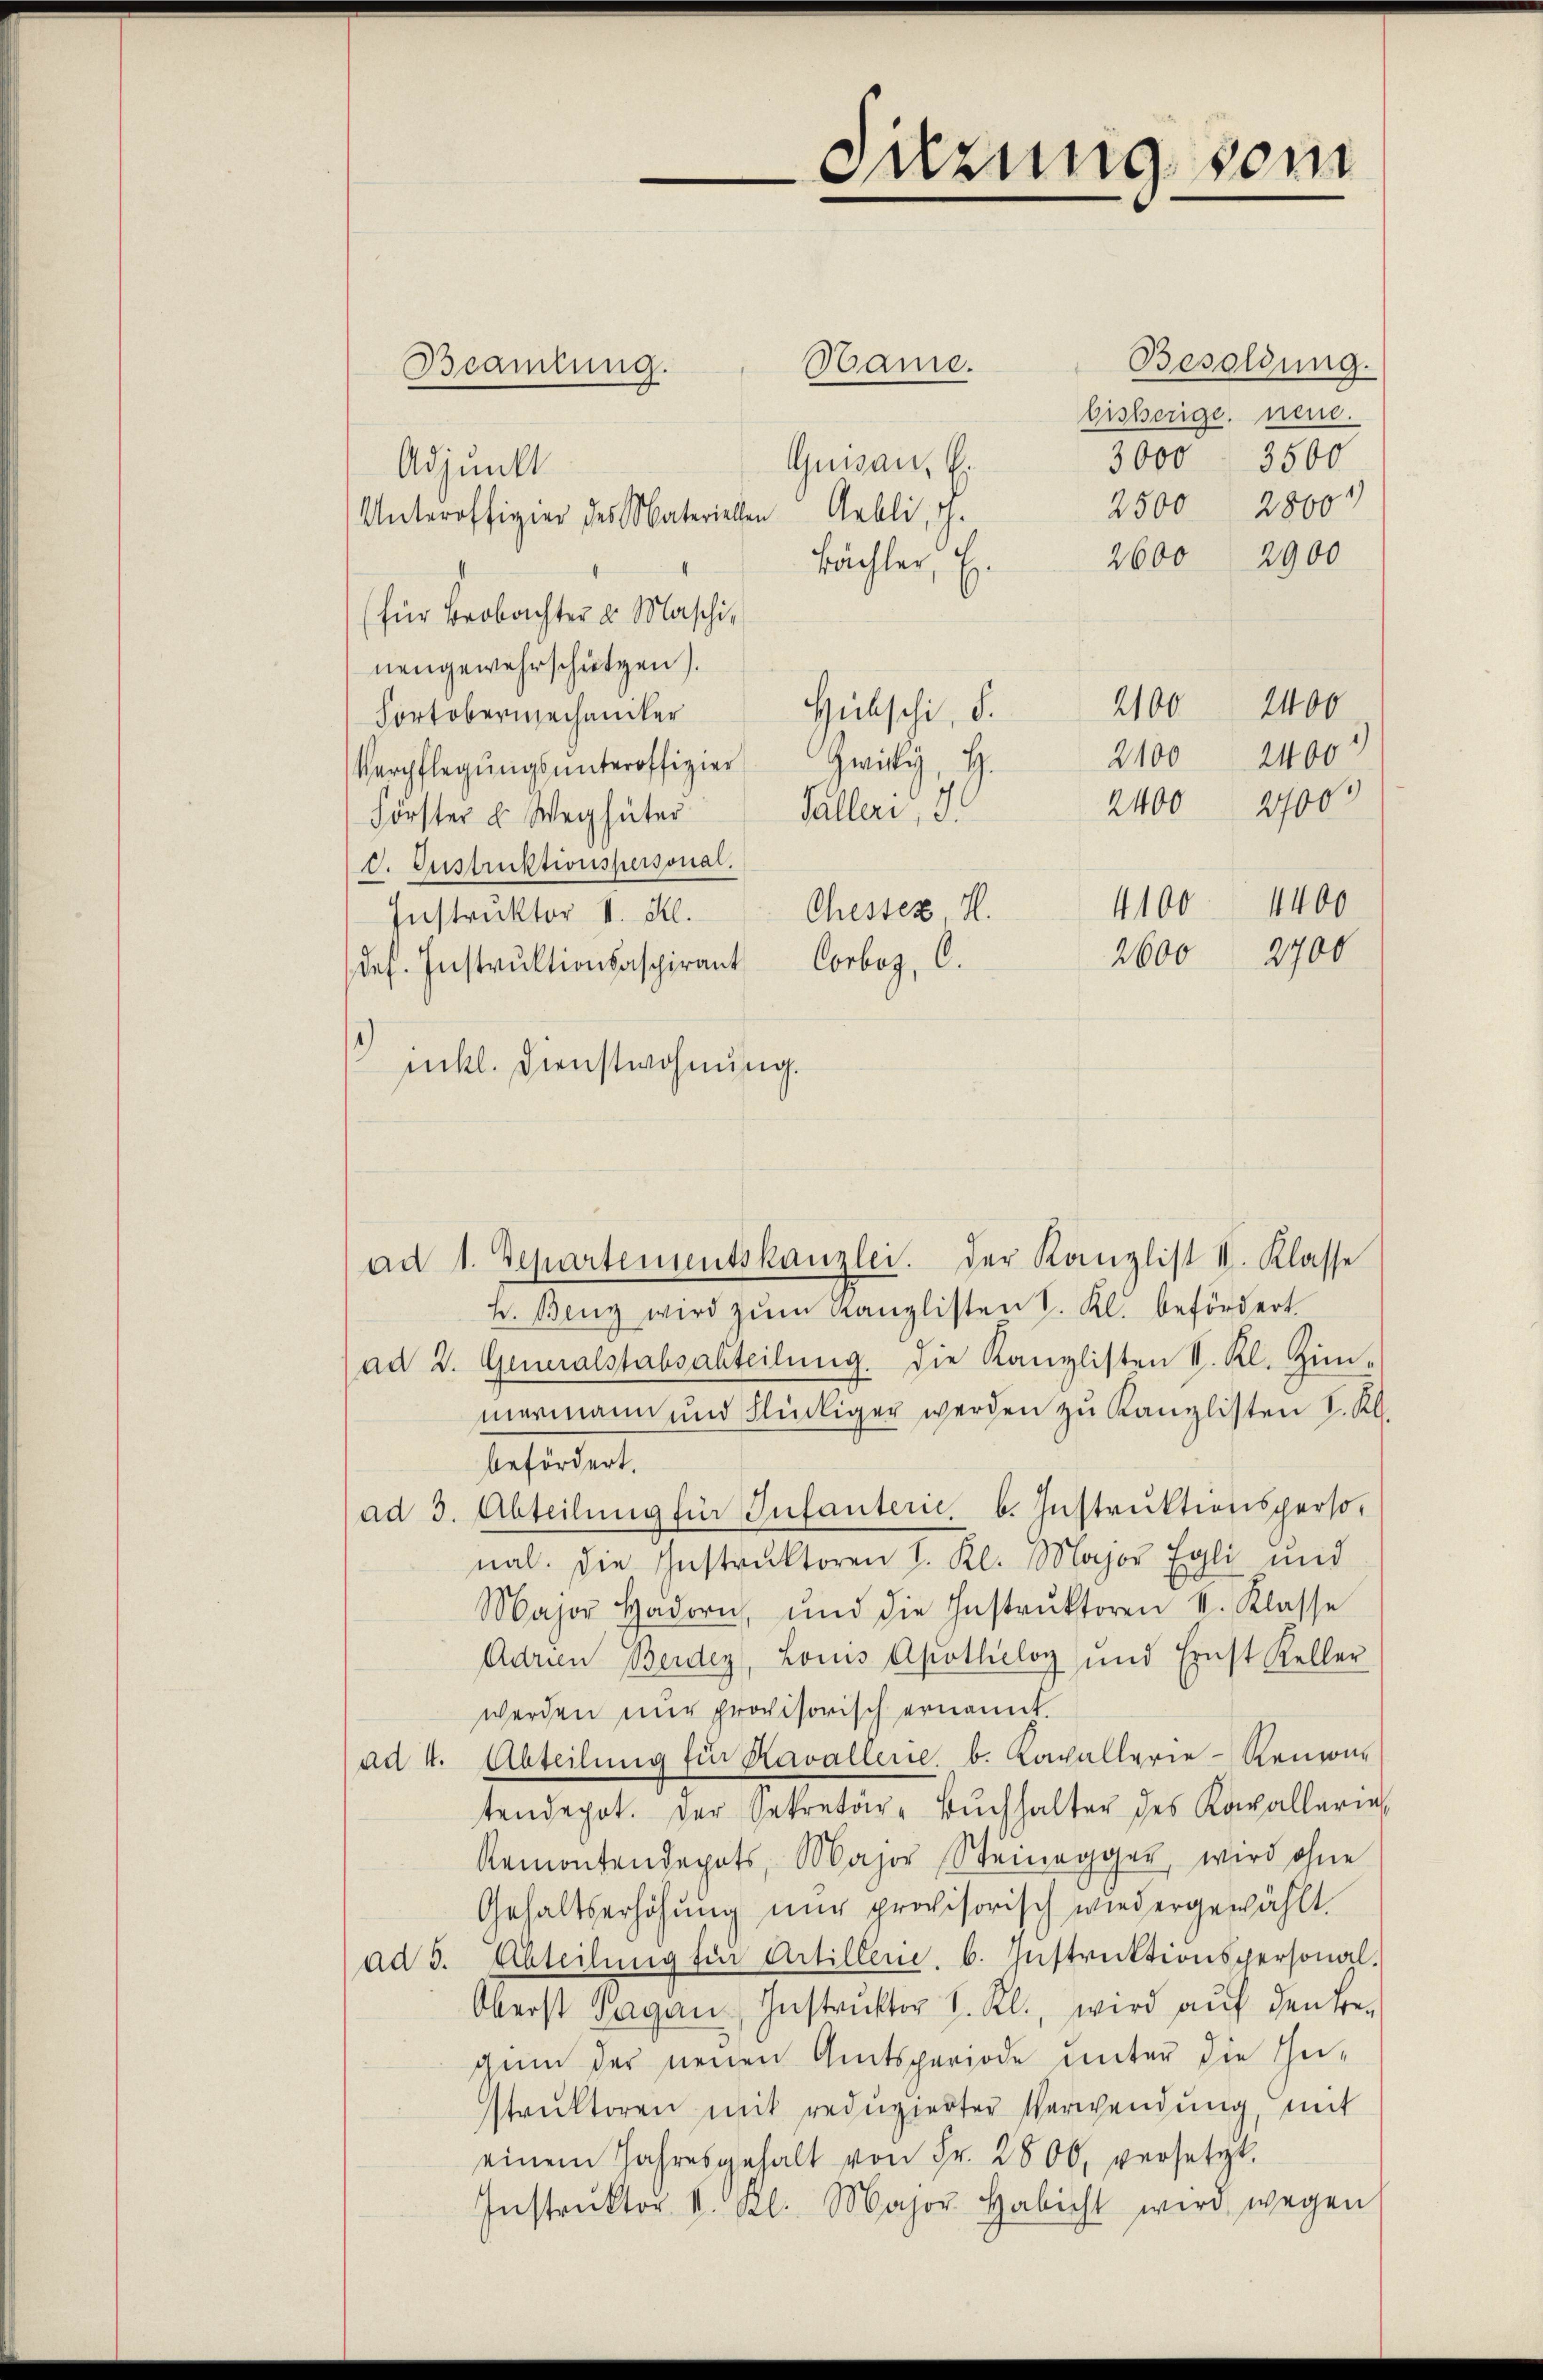
Besoldung.
Bame.
bisherige, neue.
3000 3500
Quisau, E.
Adjunkt
2500 2800
Unteroffigier des Materielen Anbli, G.
2600 2900
Bächler,
(für Beobachter u. Maschi,
nengewahrschützen).
2400
2100
Hübschi, d.
Fortobermechaniker
2100
Verpflegŭngsŭnteroffizier Zwicky, H.
2400 27000
Tülleri, d.
Förster u. Weg hüter
V. Instruktionspersonal.
Instrŭktor II. Kl. Chester, H.
des. Instruktionsaspirant Corboz, C.
inkl. Dienstwohnung.
t. Benz wird zŭm Kanzlisten S. Kl. befördert.
ad 2. Generalstabsabteilŭng. Die Kanzlisten II. Kl. Zim-
mermann und Flückiger werden zu Kanzlisten I. Kl.
befördert.
ad 3. Abteilŭng für Infanterie b. Instruktionspersonal. Die Instrŭktoren I. Kl. Major Egli und
Major Hadorn, und die Instrŭktoren k. Klasse
Adrien Berden, Louis Apotheloy und Ernst Keller
werden nur provisorisch ernannt.
ad 4. Abteilung für Kavallene b. Kavallerie-Renne
tendepot. Der Sekretär-Bŭchhalter des Kavallerin
Remontendepots, Major Steinegger, wird ohne
Gehaltserhöhung nur provisorisch wiedergewählt.
ad 3. Abteilung für Artillen. b. Instruktionspersonal.
Oberst Sagan, Instruktor V. Kl., wird auf den Be-
chum der neuen Amtsperiode unter die Gestruktoren mit redŭzierter Verwendung, mit
einem Jahresgehalt von Fr. 2800, versetzt.
Instrŭktor v. Kl. Major Habicht wird wegen

Beamtung.

ad 1. Departementskanzlei. Der Kanzlist II. Klasse

Sitzung vom

2600

2400

4100 4400
2700